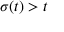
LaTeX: \sigma ( t ) > t